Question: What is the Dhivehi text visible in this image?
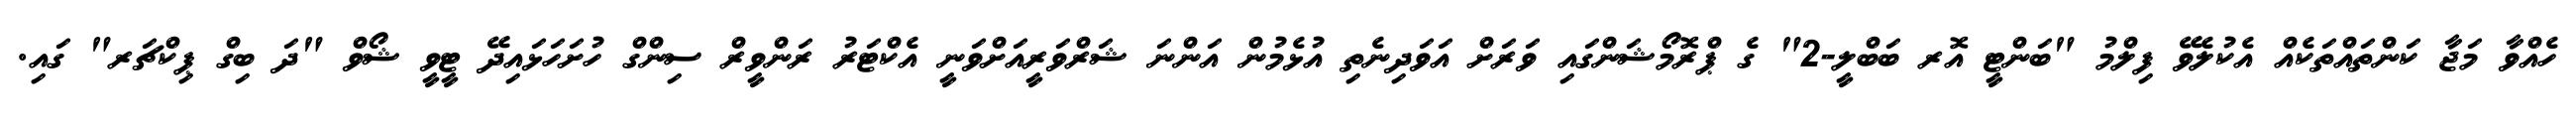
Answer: ހެއްވާ މަޖާ ކަންތައްތަކެއް އެކުލެވޭ ފިލްމު "ބަންޓީ އޮރ ބަބްލީ-2" ގެ ޕްރޮމޯޝަންގައި ވަރަށް އަވަދިނެތި އުޅެމުން އަންނަ ޝަރްވަރީއަށްވަނީ އެކްޓަރު ރަންވީރް ސިންގް ހުށަހަޅައިދޭ ޓީވީ ޝޯވް "ދަ ބިގް ޕިކްޗަރ" ގައި.